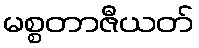
မစ္စတာဇီယတ်